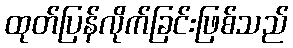
ထုတ်ပြန်လိုက်ခြင်းဖြစ်သည်